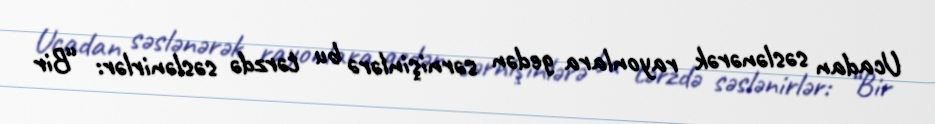
Ucadan səslənərək rayonlara gedən sərnişinlərə bu tərzdə səslənirlər: “Bir